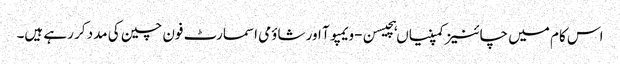
اس کام میں چائنیز کمپنیاں ہچیسن-ویمپوآ اور شاؤمی اسمارٹ فون چین کی مدد کر رہے ہیں۔